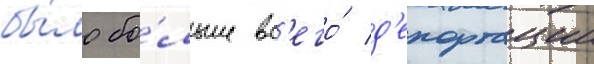
бы́ло бо́льше вс'его́ д'епортации